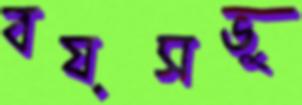
বয়সভু